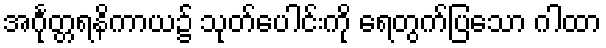
အင်္ဂုတ္တရနိကာယ၌ သုတ်ပေါင်းကို ရေတွက်ပြသော ဂါထာ